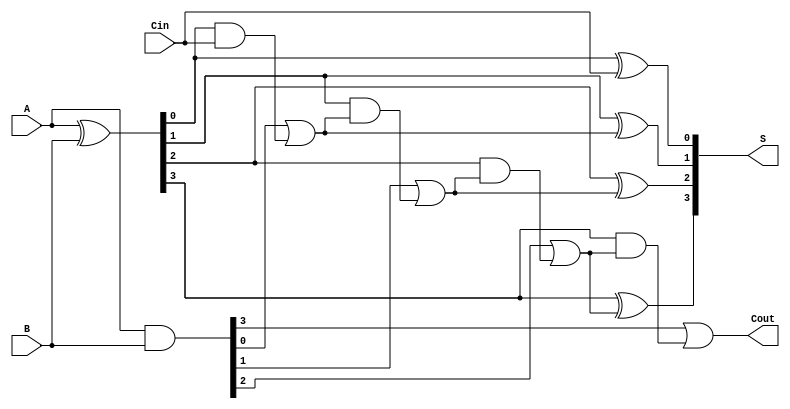
module KoggeStoneAdder #(parameter n = 4) (
    input  [n-1:0] A,
    input  [n-1:0] B,
    input           Cin,
    output [n-1:0] S,
    output          Cout
);
    // Generate and Propagate signals
    wire [n-1:0] G;  // Generate
    wire [n-1:0] P;  // Propagate
    wire [n:0] C;    // Carry

    // Initialize carry-in
    assign C[0] = Cin;

    // Generate and Propagate calculations
    assign G = A & B;               // G[i] = A[i] & B[i]
    assign P = A ^ B;               // P[i] = A[i] ^ B[i]

    // Carry calculation (Kogge-Stone logic)
    genvar i, j;

    // First stage of carries
    generate
        for (i = 0; i < n; i = i + 1) begin : stage0
            assign C[i + 1] = G[i] | (P[i] & C[i]); // C[i + 1] calculation
        end
    endgenerate

    // Sum calculation
    generate
        for (i = 0; i < n; i = i + 1) begin : sum_calculation
            assign S[i] = P[i] ^ C[i]; // S[i] = P[i] ^ C[i]
        end
    endgenerate

    // Carry-out
    assign Cout = C[n]; // Cout is the last carry-out

endmodule